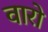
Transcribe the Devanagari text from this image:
वारो